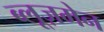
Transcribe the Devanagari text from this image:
ब्लूज़मेन